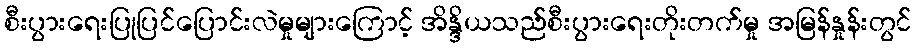
စီးပွားရေးပြုပြင်ပြောင်းလဲမှုများကြောင့် အိန္ဒိယသည်စီးပွားရေးတိုးတက်မှု အမြန်နှုန်းတွင်